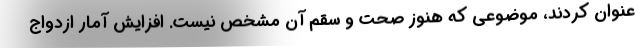
عنوان کردند، موضوعی که هنوز صحت و سقم آن مشخص نیست. افزایش آمار ازدواج